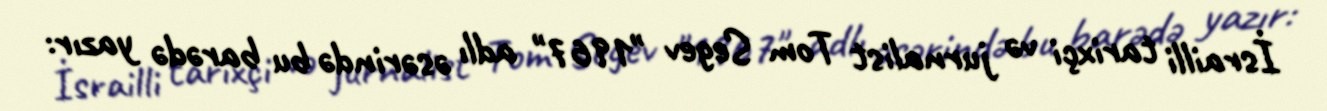
İsrailli tarixçi və jurnalist Tom Segev "1967" adlı əsərində bu barədə yazır: